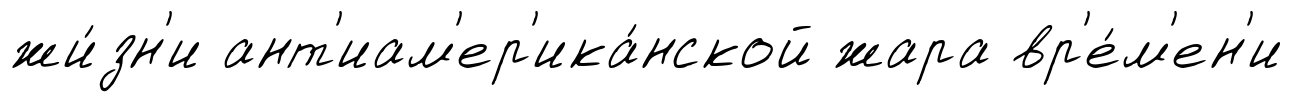
жи́зн'и ант'иам'ер'ика́нской жара вр'е́м'ен'и